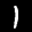
Label: 1